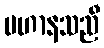
ပဟာနသညီ